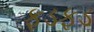
ફડફડ